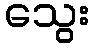
သွေး